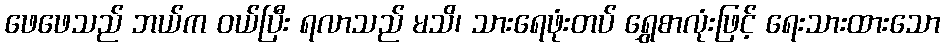
ဖေဖေသည် ဘယ်က ဝယ်ပြီး ရလာသည် မသိ၊ သားရေဖုံးတပ် ရွှေစာလုံးဖြင့် ရေးသားထားသော